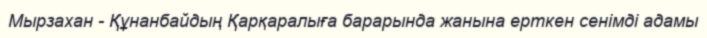
Мырзахан - Құнанбайдың Қарқаралыға барарында жанына ерткен сенімді адамы